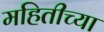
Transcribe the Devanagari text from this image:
महितीच्या